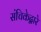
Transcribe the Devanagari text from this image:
संचिकेद्वारे